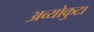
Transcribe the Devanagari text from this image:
अव्योकुटा